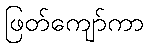
ဖြတ်ကျော်ကာ